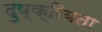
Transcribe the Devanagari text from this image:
दुष्क्रियता